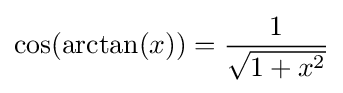
\cos(\arctan(x))={\frac {1}{\sqrt {1+x^{2}}}}